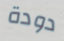
دودة